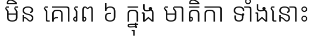
មិន គោរព ៦ ក្នុង មាតិកា ទាំងនោះ